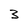
Character: 3